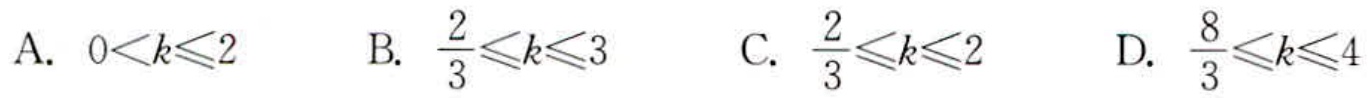
A. \(0<k\leqslant2\)  B. \(\frac{2}{3}\leqslant k\leqslant3\)  C. \(\frac{2}{3}\leqslant k\leqslant2\)  D. \(\frac{8}{3}\leqslant k\leqslant4\)